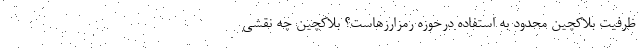
ظرفیت بلاکچین محدود به استفاده درحوزه رمزارزهاست؟ بلاکچین چه نقشی